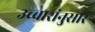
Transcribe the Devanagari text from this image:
उच्चारांनुसार